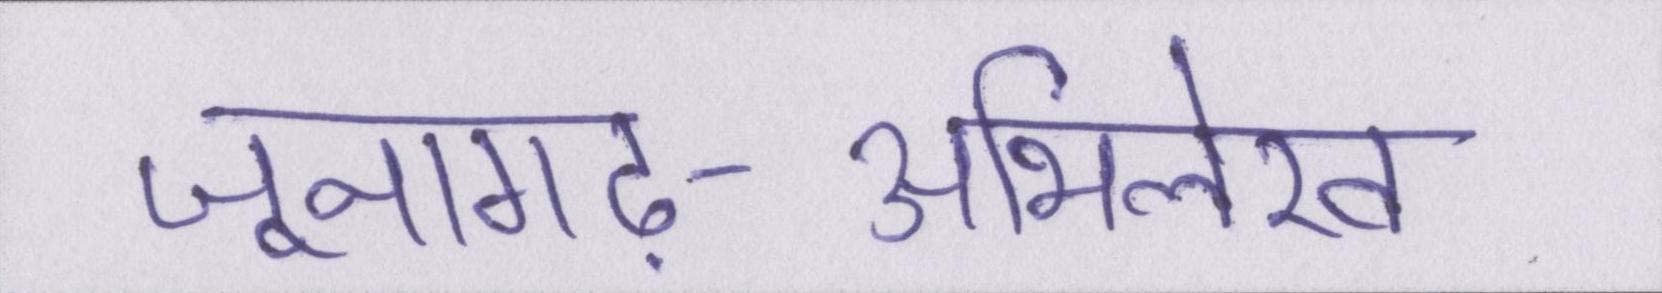
जूनागढ़-अभिलेख